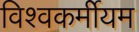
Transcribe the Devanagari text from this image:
विश्वकर्मीयम